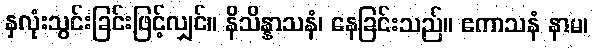
နှလုံးသွင်းခြင်းဖြင့်လျှင်။ နိသိန္နာသနံ၊ နေခြင်းသည်။ ဧကာသနံ နာမ၊